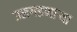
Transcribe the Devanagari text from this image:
उलगडणार्‍या